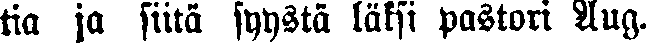
tia ja siitä syystä läksi pastori Aug.